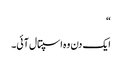
“
ایک دن وہ اسپتال آئی۔